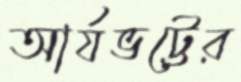
আর্যভট্টের